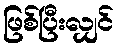
ဖြစ်ပြီးလျှင်